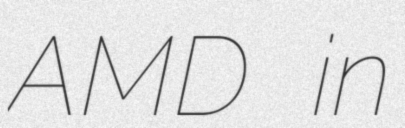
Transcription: AMD in